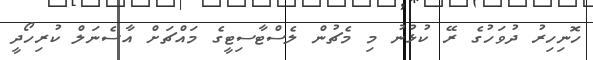
ހޮނިހިރު ދުވަހުގެ ރޭ ކުޅުނު މި މެޗުން ލެސްޓާސިޓީގެ މައްޗަށް އާސެނަލް ކުރިހޯދީ